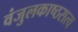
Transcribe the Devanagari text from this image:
वंजुलकाष्ठसत्व